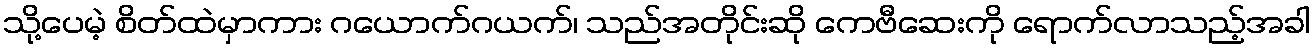
သို့ပေမဲ့ စိတ်ထဲမှာကား ဂယောက်ဂယက်၊ သည်အတိုင်းဆို ကေဗီဆေးကို ရောက်လာသည့်အခါ